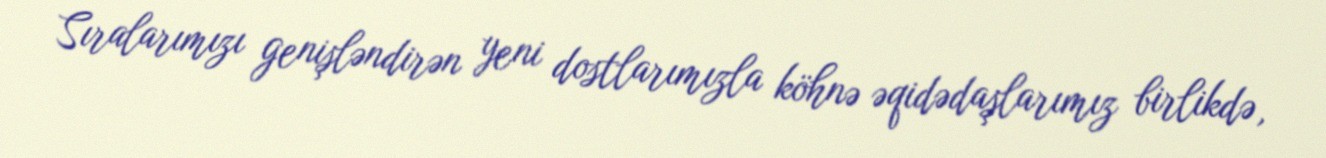
Sıralarımızı genişləndirən yeni dostlarımızla köhnə əqidədaşlarımız birlikdə,